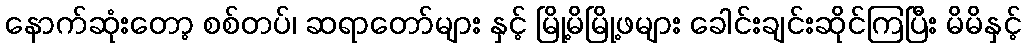
နောက်ဆုံးတော့ စစ်တပ်၊ ဆရာတော်များ နှင့် မြို့မိမြို့ဖများ ခေါင်းချင်းဆိုင်ကြပြီး မိမိနှင့်